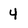
Character: 4